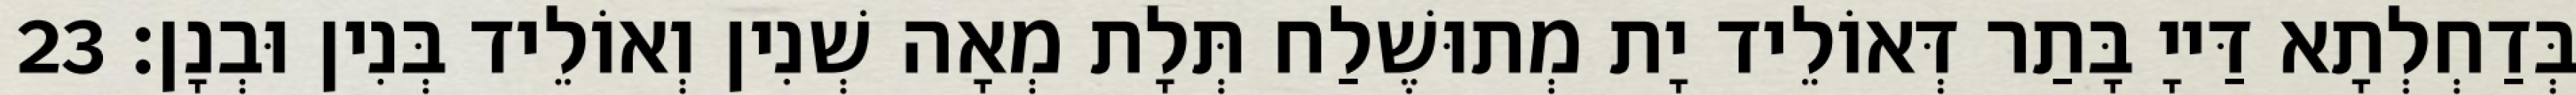
בְּדַחְלְתָא דַּייָ בָּתַר דְּאוֹלֵיד יָת מְתוּשֶׁלַח תְּלָת מְאָה שְׁנִין וְאוֹלֵיד בְּנִין וּבְנָן׃ 23